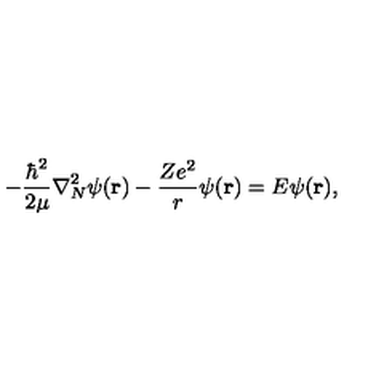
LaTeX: - \frac { \hbar ^ { 2 } } { 2 \mu } \nabla _ { N } ^ { 2 } \psi ( { \bf r } ) - \frac { Z e ^ { 2 } } { r } \psi ( { \bf r } ) = E \psi ( { \bf r } ) ,